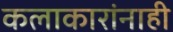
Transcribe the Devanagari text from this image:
कलाकारांनाही